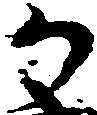
か